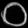
Digit: ၀